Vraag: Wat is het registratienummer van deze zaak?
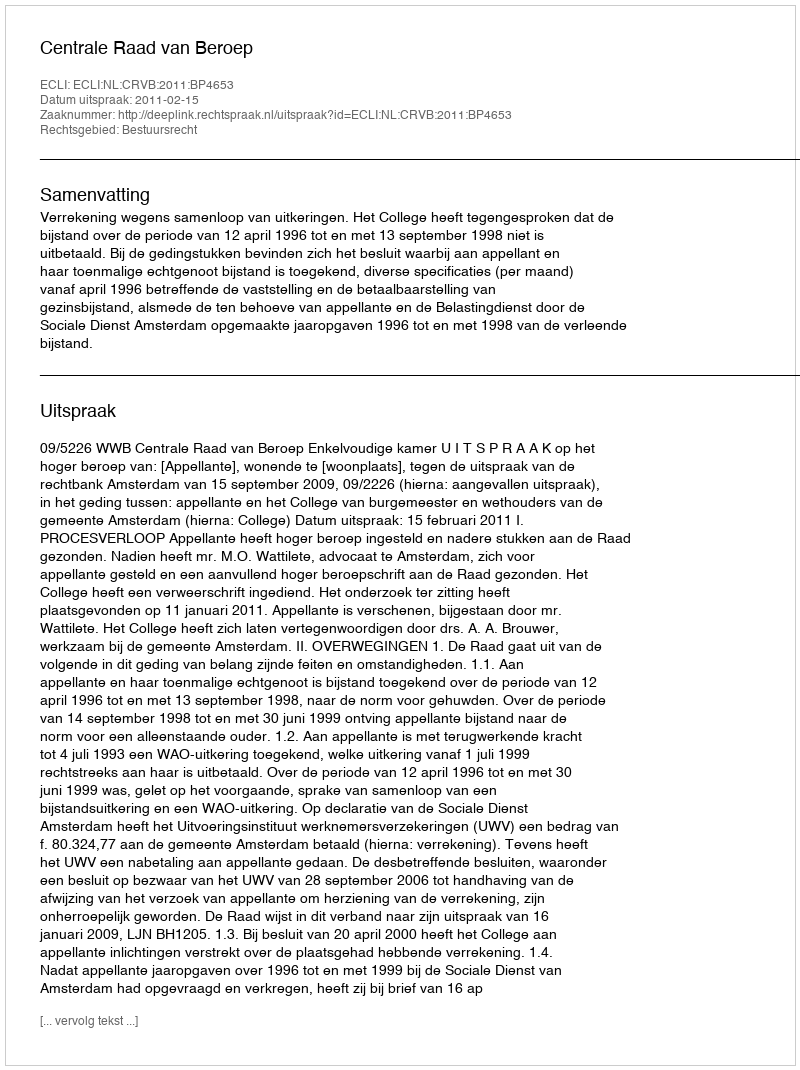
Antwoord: http://deeplink.rechtspraak.nl/uitspraak?id=ECLI:NL:CRVB:2011:BP4653